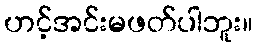
ဟင့်အင်းမဖတ်ပါဘူး။